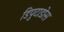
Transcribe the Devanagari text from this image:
डिपुटाडोस